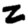
Digit: 2